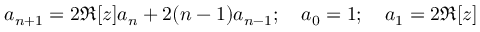
a _ { n + 1 } = 2 \Re [ z ] a _ { n } + 2 ( n - 1 ) a _ { n - 1 } ; \quad a _ { 0 } = 1 ; \quad a _ { 1 } = 2 \Re [ z ]